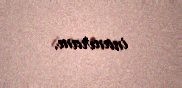
inanıram.